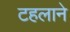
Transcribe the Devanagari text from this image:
टहलाने